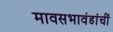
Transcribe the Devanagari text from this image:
मावसभावंडांचीं